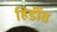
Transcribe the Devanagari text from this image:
हिडींब